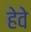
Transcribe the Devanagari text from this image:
हेवे